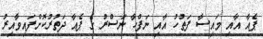
ޕެއާ އާއި މައިސާ ފަތުހު އާއި ނަފްހާ ނަސްރު ގެ ޕެއާ ދަތުރުކޮށްފައިވާއިރު